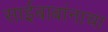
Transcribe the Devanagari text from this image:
साईबाबांनाचा